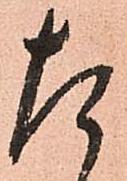
た